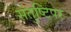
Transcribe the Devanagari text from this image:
संतुष्टिपर